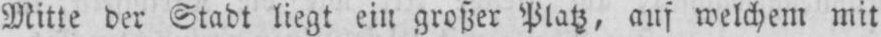
Mitte der Stadt liegt ein großer Platz, aus welchem mit